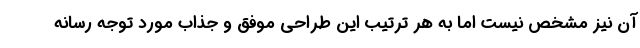
آن نیز مشخص نیست اما به هر ترتیب این طراحی موفق و جذاب مورد توجه رسانه